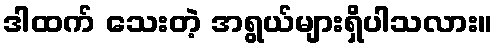
ဒါထက် သေးတဲ့ အရွယ်များရှိပါသလား။